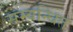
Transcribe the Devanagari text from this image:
सम्‍बन्‍धित